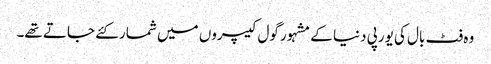
وہ فٹ بال کی یورپی دنیا کے مشہور گول کیپروں میں شمار کئے جاتے تھے۔